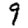
Digit: 9